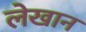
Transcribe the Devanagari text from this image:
लेखान